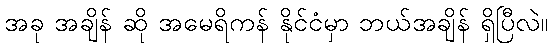
အခု အချိန် ဆို အမေရိကန် နိုင်ငံမှာ ဘယ်အချိန် ရှိပြီလဲ။